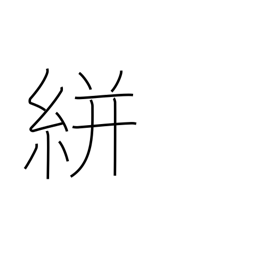
Meaning: splashed pattern (on cloth)